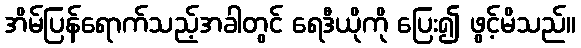
အိမ်ပြန်ရောက်သည့်အခါတွင် ရေဒီယိုကို ပြေး၍ ဖွင့်မိသည်။